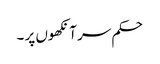
حکم سر آنکھوں پر ۔